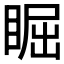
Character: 𥇣